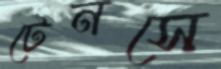
টেনসে